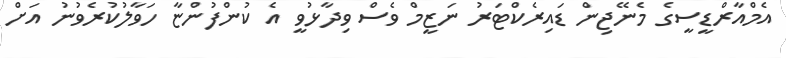
އެމްއާރްޑީސީގެ މެނޭޖިން ޑައިރެކްޓަރު ނަޒީމް ވެސް ވިދާޅުވީ އެ ކުންފުންޏާ ހަވާލުކުރެވުނު އަށް